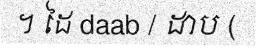
។ ដៃ daab / ដាប (